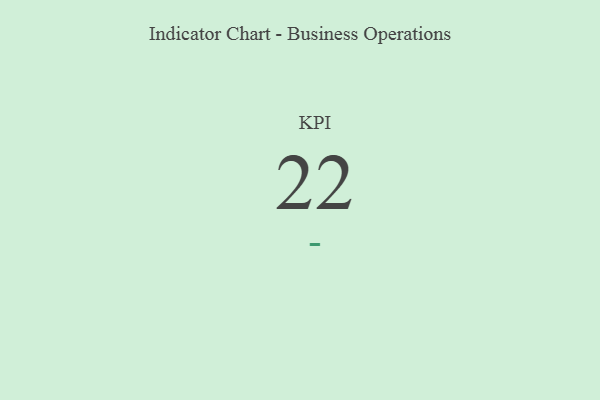
{"axis": {"x": "KPI", "y": "Value"}, "legend": [""], "data": [{"x": "KPI", "y": 22, "type": ""}]}